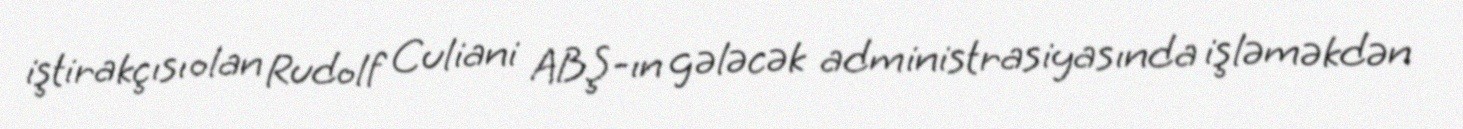
iştirakçısı olan Rudolf Culiani ABŞ-ın gələcək administrasiyasında işləməkdən